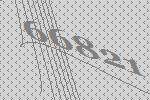
66821